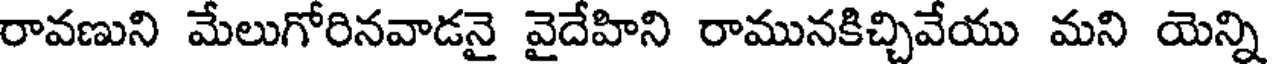
రావణుని మేలుగోరినవాడనై వైదేహిని రామునకిచ్చివేయు మని యెన్ని